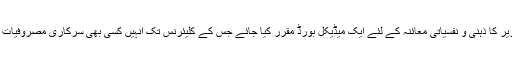
درخواست میں یہ بھی کہا گیا ہے کہ وفاقی وزیر کا ذہنی و نفسیاتی معائنہ کے لئے ایک میڈیکل بورڈ مقرر کیا جائے جس کے کلیئرنس تک انہیں کسی بھی سرکاری مصروفیات و ابلاغ ذرائع میں پیش ہونے سے روکا جائے۔